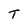
Character: T